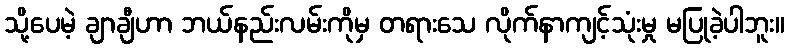
သို့ပေမဲ့ ချာချီဟာ ဘယ်နည်းလမ်းကိုမှ တရားသေ လိုက်နာကျင့်သုံးမှု မပြုခဲ့ပါဘူး။